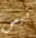
تيس